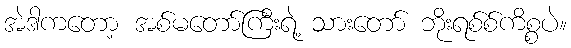
အဲဒါကတော့ အစ်မတော်ကြီးရဲ့ သားတော် ဘိုးရစ်စ်ကိစ္စပဲ။